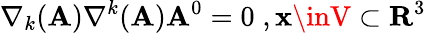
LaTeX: \nabla_{k}(\mathbf{A})\nabla^{k}(\mathbf{A})\mathbf{A}^{0}=0\; ,{\mathbf{x}}\inV\subset{\mathbf{R}}^{3}